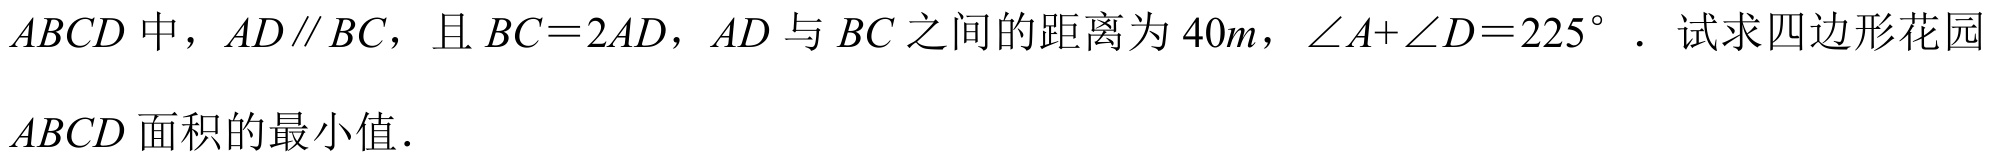
在四边形\(ABCD\)中，\(AD\parallel BC\)，且\(BC = 2AD\)，\(AD\)与\(BC\)之间的距离为\(40m\)，\(\angle A+\angle D = 225^{\circ}\)．试求四边形花园\(ABCD\)面积的最小值．